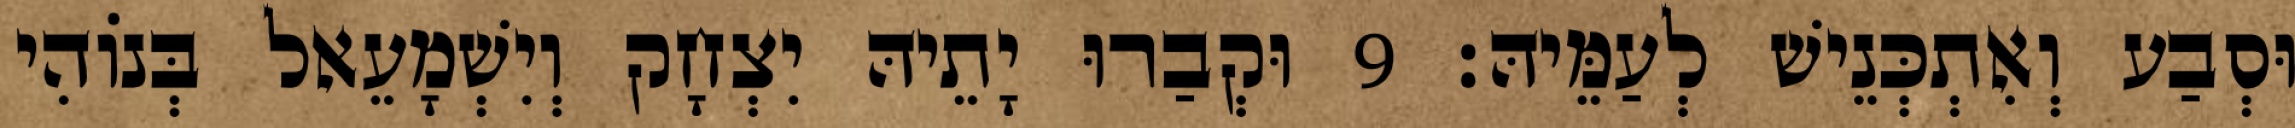
וּסְבַע וְאִתְכְּנֵישׁ לְעַמֵּיהּ׃ 9 וּקְבַרוּ יָתֵיהּ יִצְחָק וְיִשְׁמָעֵאל בְּנוֹהִי